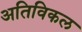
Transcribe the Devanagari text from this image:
अतिविकल